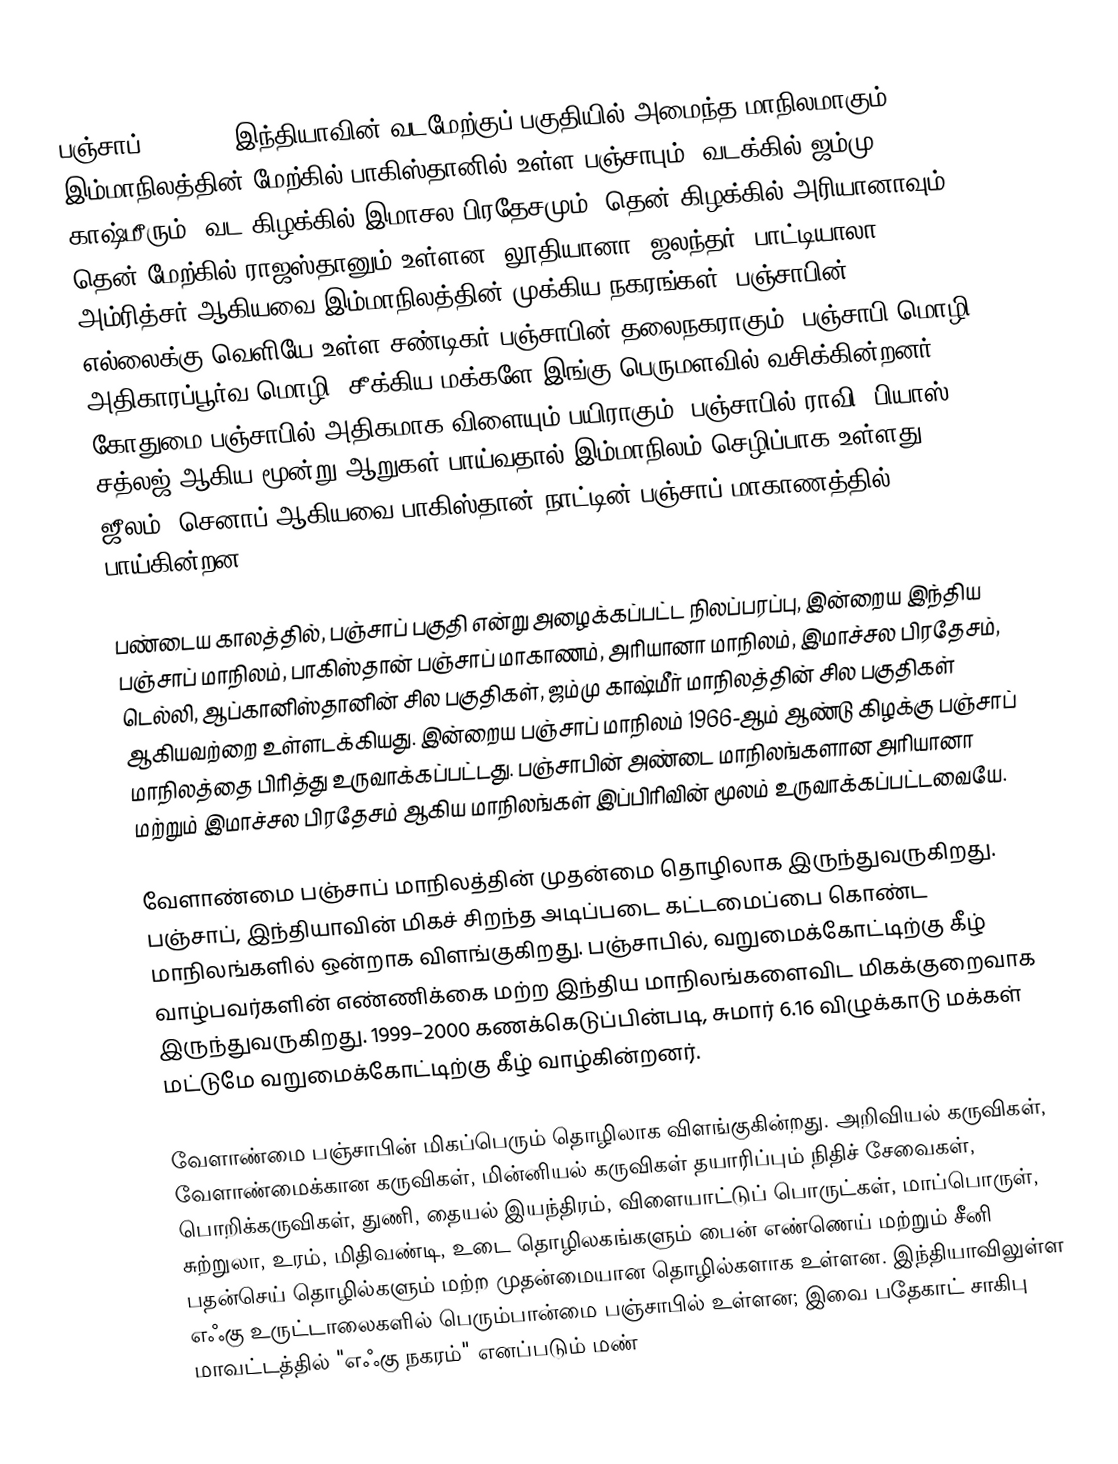
பஞ்சாப் (Punjab) இந்தியாவின் வடமேற்குப் பகுதியில் அமைந்த மாநிலமாகும். இம்மாநிலத்தின் மேற்கில் பாகிஸ்தானில் உள்ள பஞ்சாபும், வடக்கில் ஜம்மு காஷ்மீரும், வட கிழக்கில் இமாசல பிரதேசமும், தென் கிழக்கில் அரியானாவும், தென் மேற்கில் ராஜஸ்தானும் உள்ளன. லூதியானா, ஜலந்தர், பாட்டியாலா, அம்ரித்சர் ஆகியவை இம்மாநிலத்தின் முக்கிய நகரங்கள். பஞ்சாபின் எல்லைக்கு வெளியே உள்ள சண்டிகர் பஞ்சாபின் தலைநகராகும். பஞ்சாபி மொழி அதிகாரப்பூர்வ மொழி. சீக்கிய மக்களே இங்கு பெருமளவில் வசிக்கின்றனர். கோதுமை பஞ்சாபில் அதிகமாக விளையும் பயிராகும். பஞ்சாபில்  ராவி, பியாஸ், சத்லஜ் ஆகிய மூன்று ஆறுகள் பாய்வதால் இம்மாநிலம் செழிப்பாக உள்ளது. ஜீலம், செனாப் ஆகியவை பாகிஸ்தான் நாட்டின்  பஞ்சாப் மாகாணத்தில்  பாய்கின்றன.

பண்டைய காலத்தில், பஞ்சாப் பகுதி  என்று அழைக்கப்பட்ட நிலப்பரப்பு, இன்றைய  இந்திய  பஞ்சாப்  மாநிலம், பாகிஸ்தான் பஞ்சாப்  மாகாணம், அரியானா மாநிலம், இமாச்சல பிரதேசம், டெல்லி, ஆப்கானிஸ்தானின் சில பகுதிகள், ஜம்மு காஷ்மீர் மாநிலத்தின் சில பகுதிகள் ஆகியவற்றை உள்ளடக்கியது. இன்றைய  பஞ்சாப்  மாநிலம் 1966-ஆம் ஆண்டு கிழக்கு பஞ்சாப் மாநிலத்தை பிரித்து உருவாக்கப்பட்டது. பஞ்சாபின் அண்டை மாநிலங்களான அரியானா  மற்றும் இமாச்சல பிரதேசம் ஆகிய மாநிலங்கள் இப்பிரிவின் மூலம் உருவாக்கப்பட்டவையே.

வேளாண்மை பஞ்சாப் மாநிலத்தின் முதன்மை தொழிலாக இருந்துவருகிறது. பஞ்சாப், இந்தியாவின் மிகச் சிறந்த அடிப்படை கட்டமைப்பை கொண்ட மாநிலங்களில் ஒன்றாக விளங்குகிறது.  பஞ்சாபில், வறுமைக்கோட்டிற்கு கீழ் வாழ்பவர்களின் எண்ணிக்கை மற்ற இந்திய மாநிலங்களைவிட மிகக்குறைவாக இருந்துவருகிறது. 1999–2000 கணக்கெடுப்பின்படி, சுமார் 6.16 விழுக்காடு மக்கள் மட்டுமே வறுமைக்கோட்டிற்கு கீழ் வாழ்கின்றனர்.

வேளாண்மை பஞ்சாபின் மிகப்பெரும் தொழிலாக விளங்குகின்றது.  அறிவியல் கருவிகள், வேளாண்மைக்கான கருவிகள், மின்னியல் கருவிகள் தயாரிப்பும் நிதிச் சேவைகள், பொறிக்கருவிகள், துணி, தையல் இயந்திரம், விளையாட்டுப் பொருட்கள், மாப்பொருள், சுற்றுலா, உரம், மிதிவண்டி, உடை தொழிலகங்களும் பைன் எண்ணெய் மற்றும் சீனி பதன்செய் தொழில்களும் மற்ற முதன்மையான தொழில்களாக உள்ளன. இந்தியாவிலுள்ள எஃகு உருட்டாலைகளில் பெரும்பான்மை பஞ்சாபில் உள்ளன; இவை பதேகாட் சாகிபு மாவட்டத்தில் "எஃகு நகரம்" எனப்படும் மண்